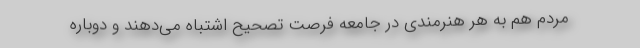
مردم هم به هر هنرمندی در جامعه فرصت تصحیح اشتباه می‌دهند و دوباره